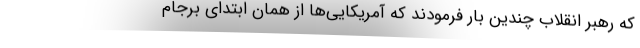
که رهبر انقلاب چندین بار فرمودند که آمریکایی‌ها از همان ابتدای برجام